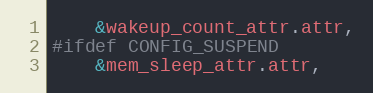
Language: C
	&wakeup_count_attr.attr,
#ifdef CONFIG_SUSPEND
	&mem_sleep_attr.attr,